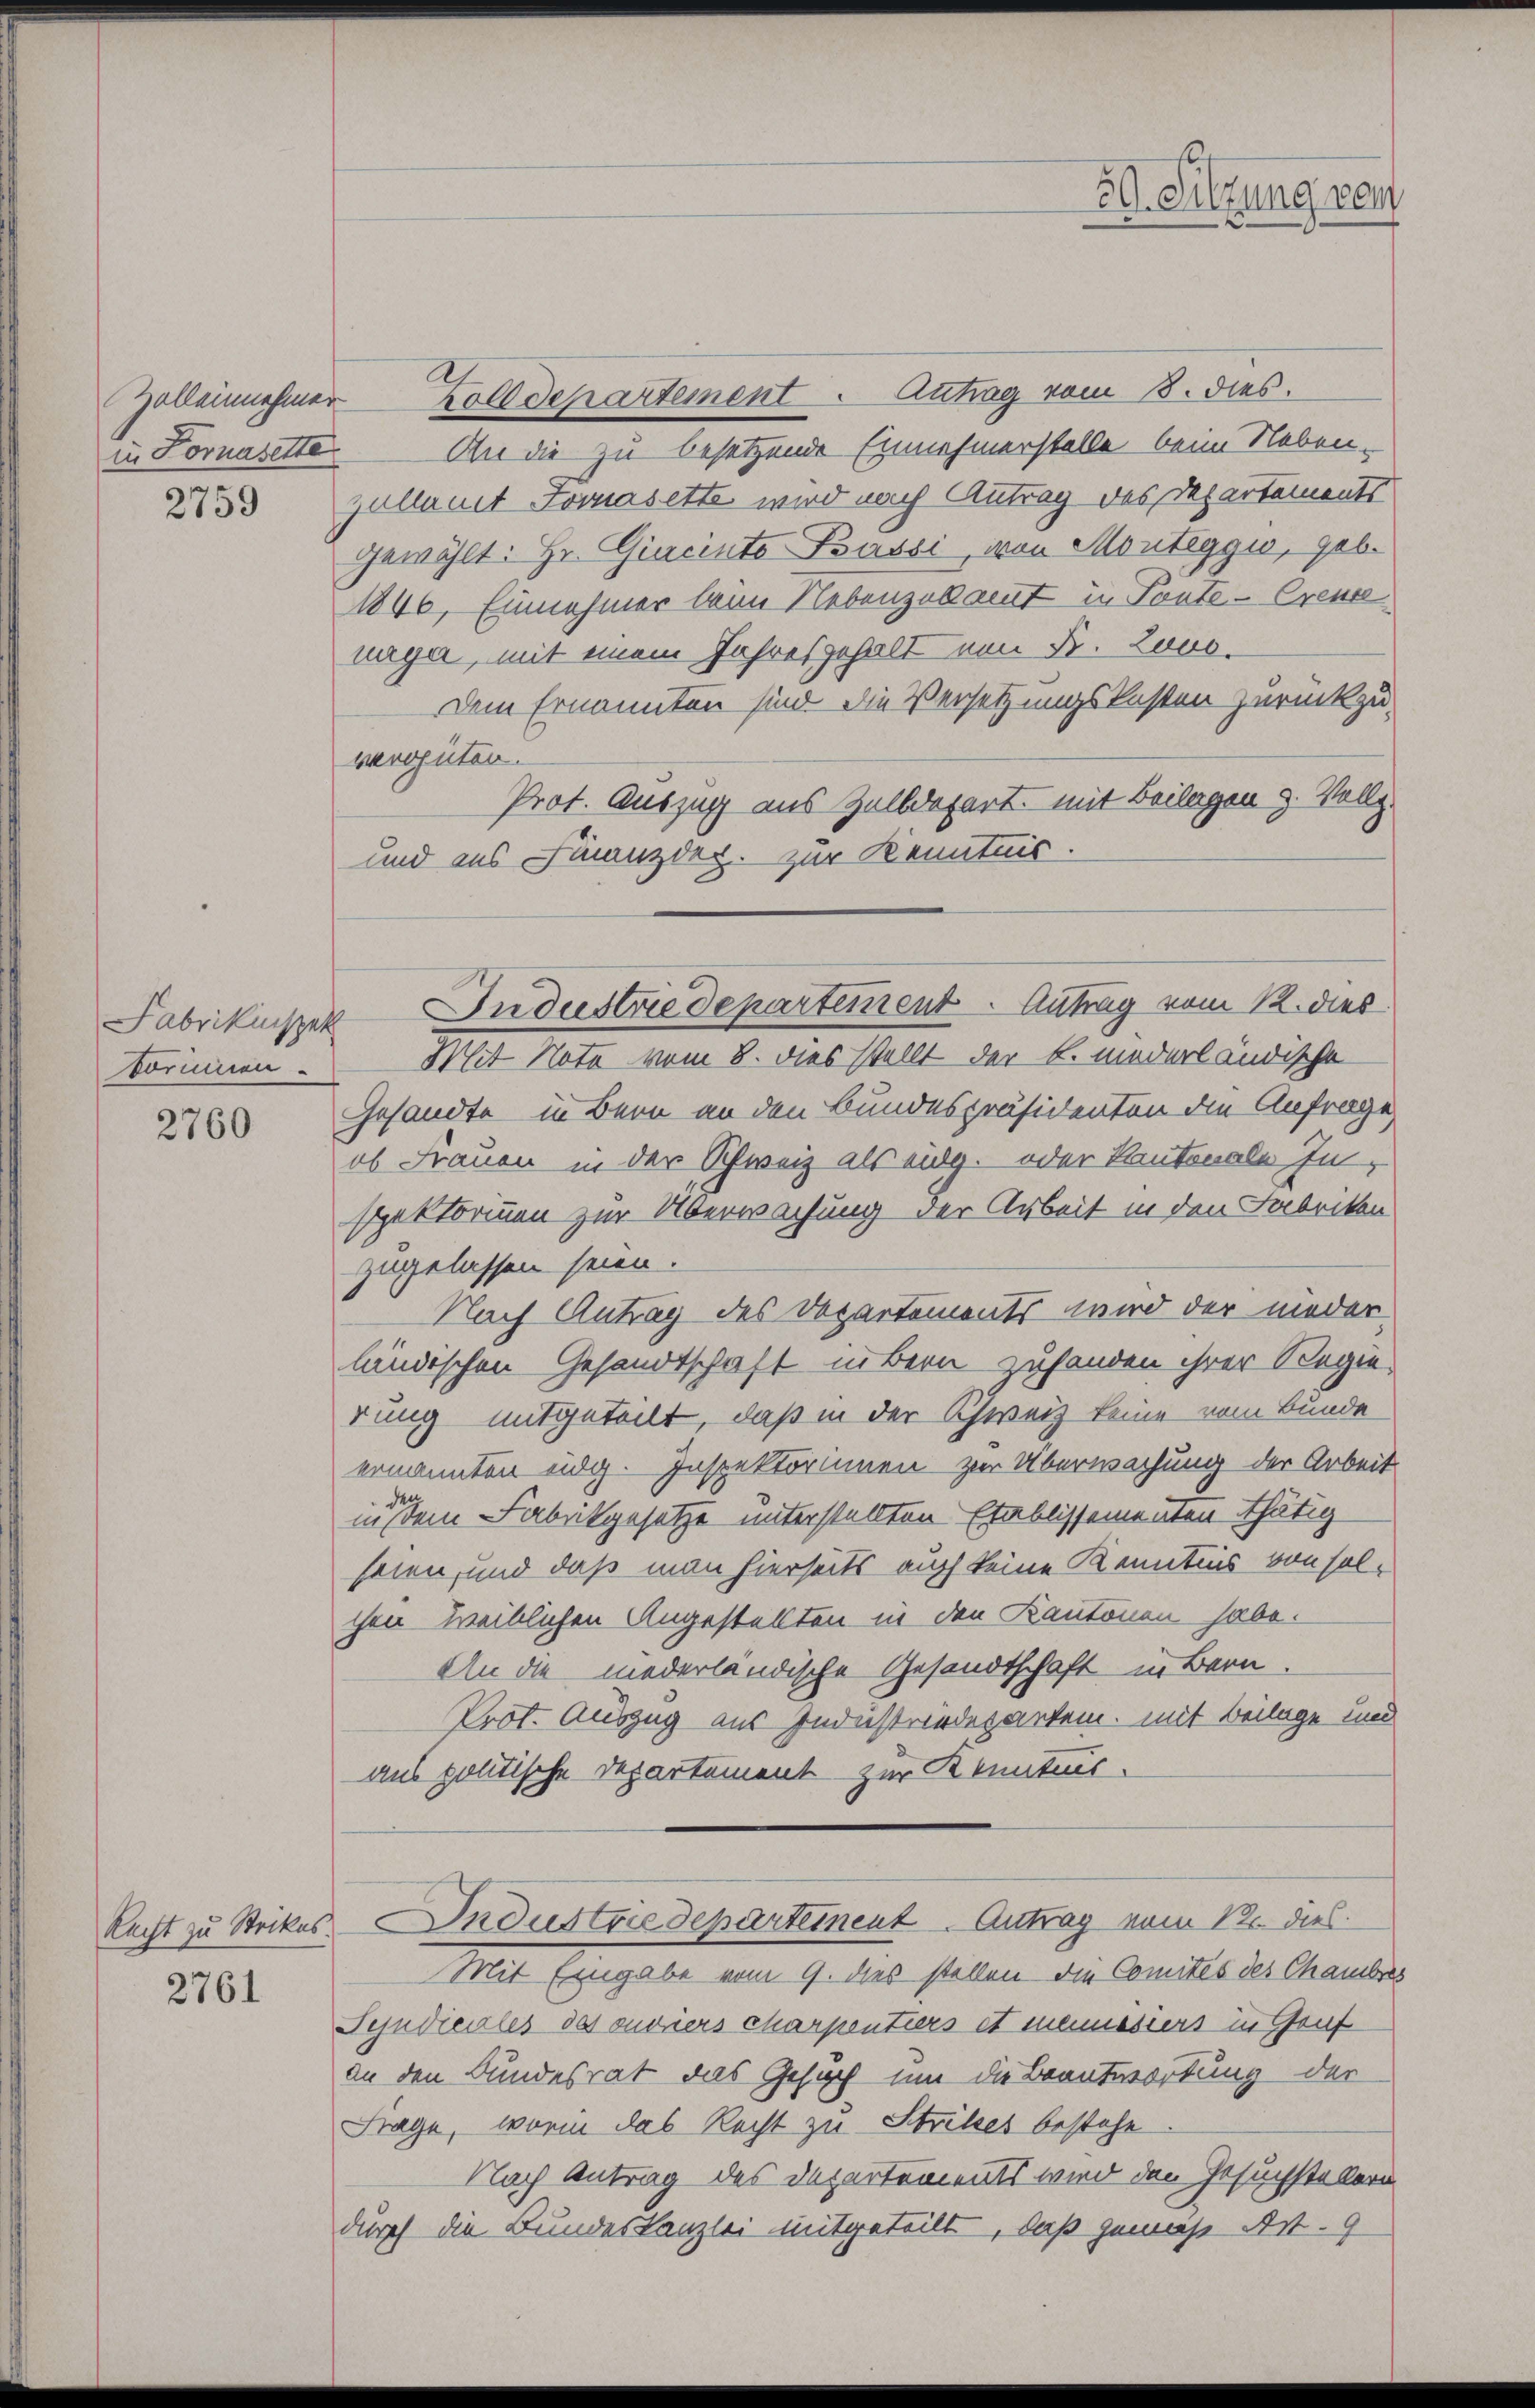
Zolleinehmer
in Fornasette
3

2139

dormien

2760

2761

Zolldepartement. Antrag vom 8. dies
An die zu besetzende Einnehmerstelle beim Neben-
zullamt Jovasette wird nach Antrag des Departements
gewählt: Hr. Giacinto Bassi, von Monteggio, geb.
1840, Einnehmer beim Nebenzollamt in Tante-Crese
nuga, mit einem Jahresgehalt von Fr. Lovo¬
Dem Ernannten sind die Versetzungskosten zurückzu-
vergüten.
Prot. Auszug aus Zolldepart mit Beilagen 3. Vollz
und aus Finanzdep. zur Kenntnis.
Gesandte in Bern an den Bundespräsidenten die Anfrage
ob Frauen in der Schweiz als eidg. oder Kantonale In-
spektormmmen zur Überwachung der Arbeit in den Fabriken
zugelassen seien.
Nach Antrag des Departements wird der nieder
ländischen Gesandtschaft übern zuhanden ihrer Regierung mitgeteilt, daß in der Schweiz keine vom Bunde
ernannten üdg. Inspektorinnen zur Überwachung der Arbeit
in dem Fabrikgesetze unterstellten Etablissementen thätig
seien, und daß man hierseits auch keine Kenntnis von solchen weiblichen Angestellten in den Kantonen habe.
An die niederländische Gesandtschaft in Bern.
Prot. Auszug aus Industriedepartem, mit Beilage und
aus politische Departement zur Kenntnis.
Recht zu Strikes Industrie departeinent Antrag vom 12. dies
Mit Eingabe vom 9. dies stellen die Comités des Chambres
Syndicales des ouviers charpentiers et manisiert in Genf
an den Bundesrat das Gesuch um die Beantwortung der
Frage, worin das Recht zu Stritzes bestehe
Nach Antrag des Departements wird den Gesuchstellern
durch die Bundeskanzlei mitgeteilt, daß gemäß Art. 9

59. Silzung von

Fabrikinsper Industriedepartement. Antrag vom 12. dies
Mit Note vom 8. dies stellt der B. niederländische